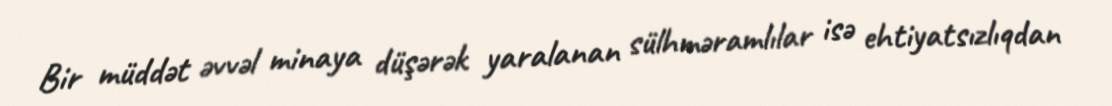
Bir müddət əvvəl minaya düşərək yaralanan sülhməramlılar isə ehtiyatsızlıqdan